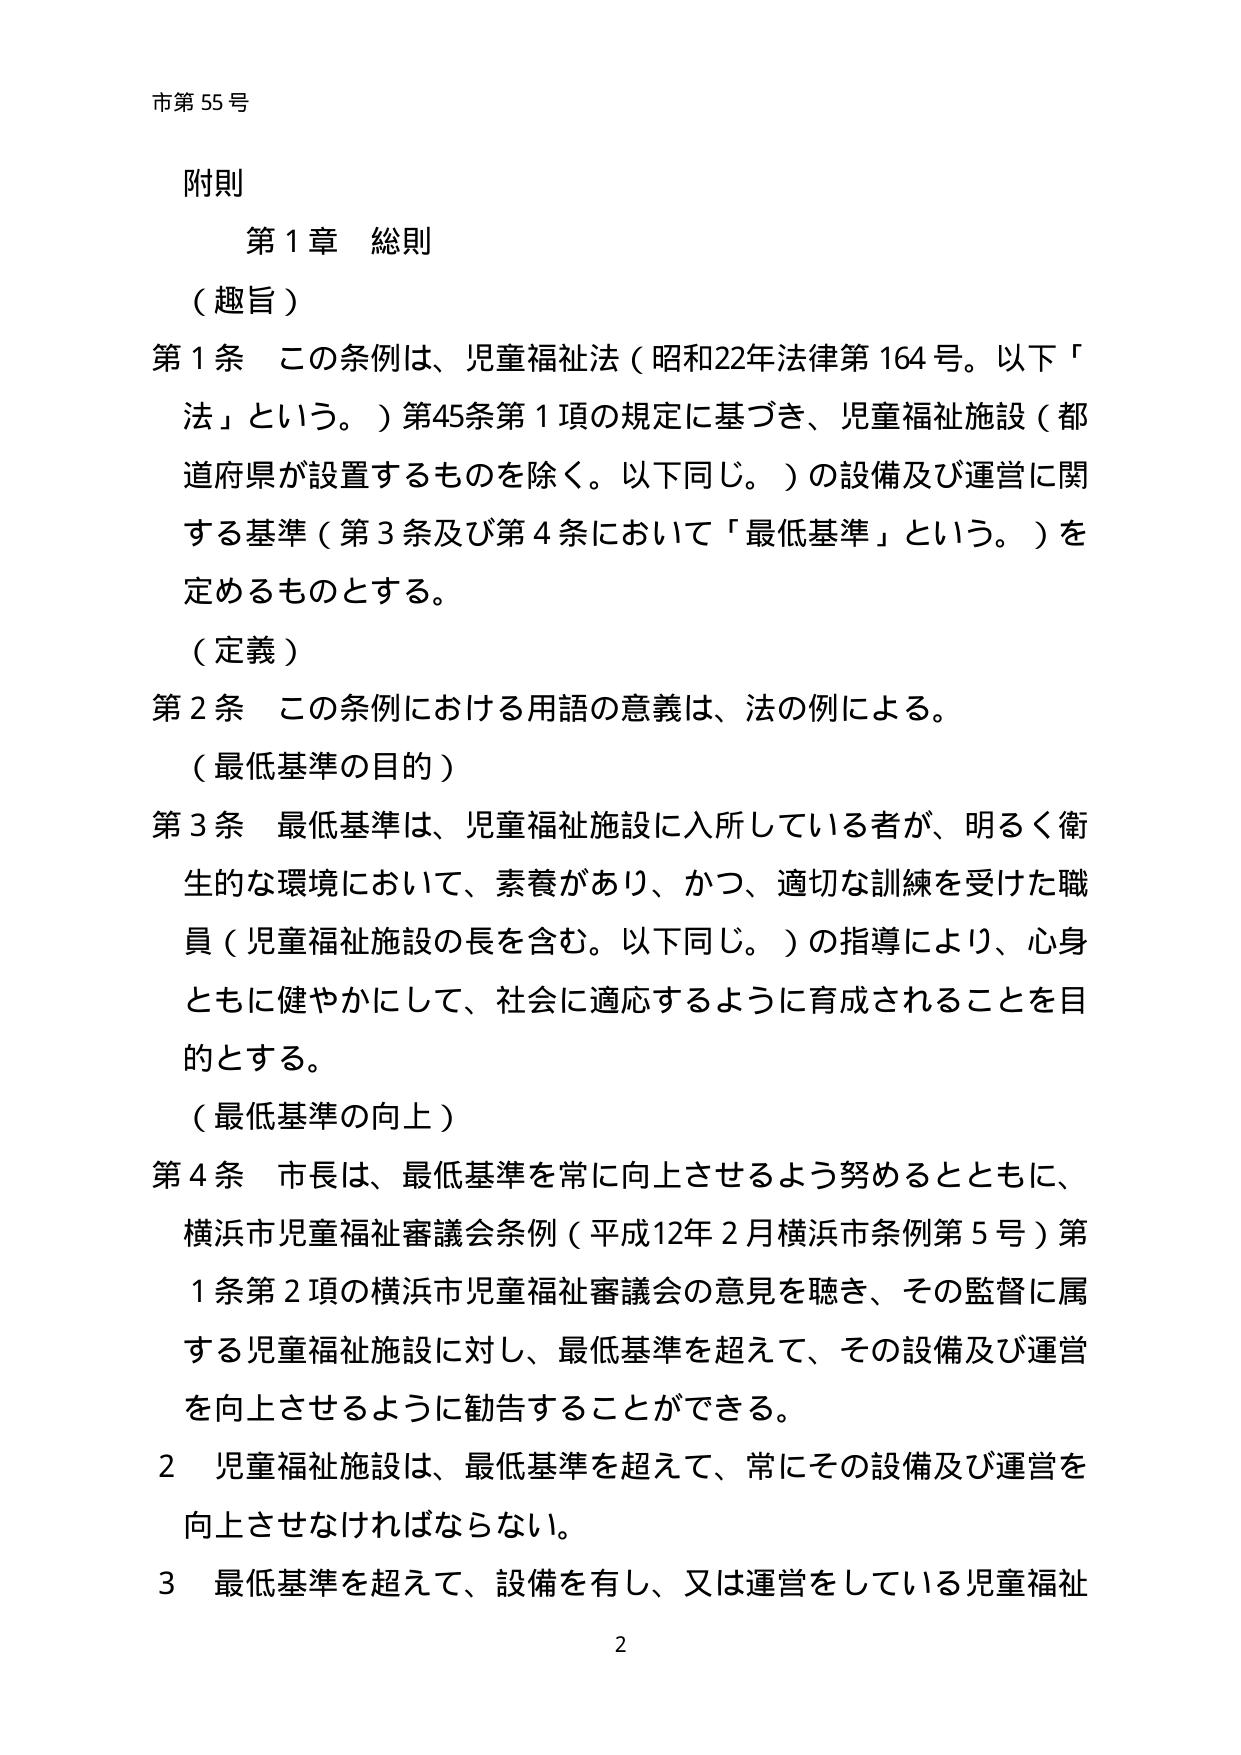
市第55号

附則

第1章 総則

（趣旨）

第1条 この条例は、児童福祉法（昭和22年法律第164号。以下「法」という。）第45条第1項の規定に基づき、児童福祉施設（都道府県が設置するものを除く。以下同じ。）の設備及び運営に関する基準（第3条及び第4条において「最低基準」という。）を定めるものとする。

（定義）

第2条 この条例における用語の意義は、法の例による。

（最低基準の目的）

第3条 最低基準は、児童福祉施設に入所している者が、明るく衛生的な環境において、素養があり、かつ、適切な訓練を受けた職員（児童福祉施設の長を含む。以下同じ。）の指導により、心身ともに健やかにして、社会に適応するように育成されることを目的とする。

（最低基準の向上）

第4条 市長は、最低基準を常に向上させるよう努めるとともに、横浜市児童福祉審議会条例（平成12年2月横浜市条例第5号）第1条第2項の横浜市児童福祉審議会の意見を聴き、その監督に属する児童福祉施設に対し、最低基準を超えて、その設備及び運営を向上させるように勧告することができる。

2 児童福祉施設は、最低基準を超えて、常にその設備及び運営を向上させなければならない。

3 最低基準を超えて、設備を有し、又は運営をしている児童福祉

2